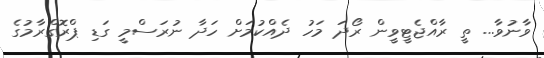
ވާނުވާ... ތީ ރާއްޖެޓީވީން ރޯދަ މަހު ދެއްކުމަށް ހަދާ ނުރަސްމީ ގަޑި ޕްރޮގްރާމުގެ